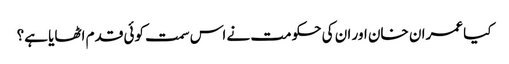
کیا عمران خان اور ان کی حکومت نے اس سمت کوئی قدم اٹھایا ہے؟